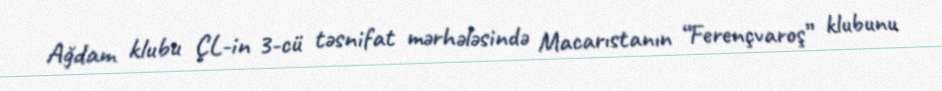
Ağdam klubu ÇL-in 3-cü təsnifat mərhələsində Macarıstanın “Ferençvaroş” klubunu